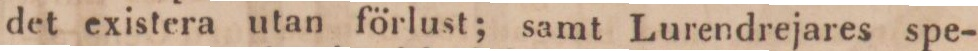
det existera utan förlust; samt Lurendrejares spe-